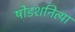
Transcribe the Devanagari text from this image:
षोडशनित्या